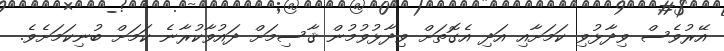
އޭރުވެސް ވިދާޅުވި ކަމަށާއި އަދި އެގޮތަށް ވިދާޅުވުމުން ޤާސިމަށް ދައުވާކުރާނެ ކަމަށް ބުނިކަމަށެވެ.